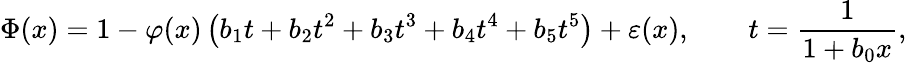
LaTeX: \Phi(x)=1-\varphi(x)\left(b_{1}t+b_{2}t^{2}+b_{3}t^{3}+b_{4}t^{4}+b_{5}t^{5}\right)+\varepsilon(x),\qquad t={\frac{1}{1+b_{0}x}},